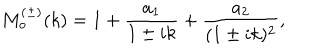
LaTeX: M _ { o } ^ { ( \pm ) } ( k ) = 1 + \frac { a _ { 1 } } { 1 \pm i k } + \frac { a _ { 2 } } { ( 1 \pm i k ) ^ { 2 } } ,